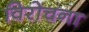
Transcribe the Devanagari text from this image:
विरोचना